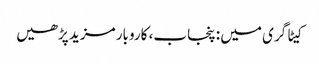
کیٹاگری میں : پنجاب، کاروبار مزید پڑھیں